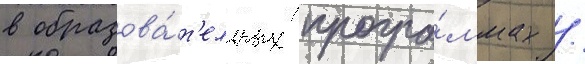
в образова́т'ельных програ́ммах /